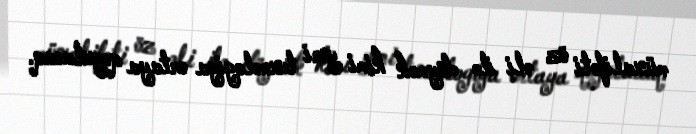
müxalifəti öz əli ilə döymək kimi yeni texnologiya ortaya qoyulacaq.